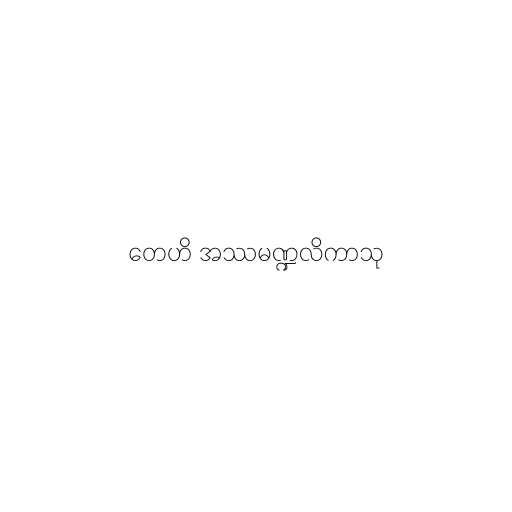
တေဟိ အဿမဏ္ဍလိကာသု